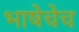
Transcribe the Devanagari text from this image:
भाषेचेच